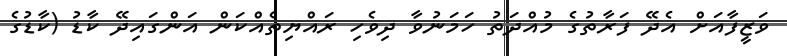
ވަޒީފާއަށް އެދޭ ފަރާތުގެ މުއްދަތު ހަމަނުވާ ދިވެހި ރައްޔިތެއްކަން އަންގައިދޭ ކާޑު (ކާޑުގެ